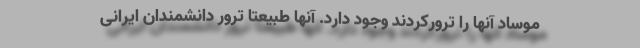
موساد آنها را ترورکردند وجود دارد. آنها طبیعتا ترور دانشمندان ایرانی